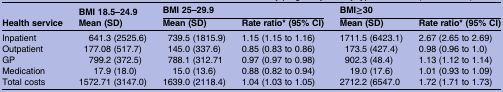
<table><thead><tr><td rowspan="2"><b>Health service</b></td><td><b>BMI 18.5–24.9</b></td><td colspan="2"><b>BMI 25–29.9</b></td><td colspan="2"><b>BMI≥30</b></td></tr><tr><td><b>Mean (SD)</b></td><td><b>Mean (SD)</b></td><td><b>Rate ratio* (95% CI)</b></td><td><b>Mean (SD)</b></td><td><b>Rate ratio* (95% CI)</b></td></tr></thead><tbody><tr><td>Inpatient</td><td>641.3 (2525.6)</td><td>739.5 (1815.9)</td><td>1.15 (1.15 to 1.16)</td><td>1711.5 (6423.1)</td><td>2.67 (2.65 to 2.69)</td></tr><tr><td>Outpatient</td><td>177.08 (517.7)</td><td>145.0 (337.6)</td><td>0.85 (0.83 to 0.86)</td><td>173.5 (427.4)</td><td>0.98 (0.96 to 1.0)</td></tr><tr><td>GP</td><td>799.2 (372.5)</td><td>788.1 (312.71</td><td>0.97 (0.97 to 0.98)</td><td>902.3 (48.4)</td><td>1.13 (1.12 to 1.14)</td></tr><tr><td>Medication</td><td>17.9 (18.0)</td><td>15.0 (13.6)</td><td>0.88 (0.82 to 0.94)</td><td>19.0 (17.6)</td><td>1.01 (0.93 to 1.09)</td></tr><tr><td>Total costs</td><td>1572.71 (3147.0)</td><td>1639.0 (2118.4)</td><td>1.04 (1.03 to 1.05)</td><td>2712.2 (6547.0</td><td>1.72 (1.71 to 1.73)</td></tr></tbody></table>